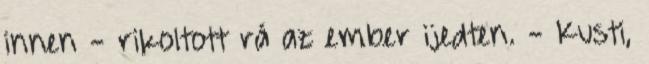
innen - rikoltott rá az ember ijedten. - Kusti,